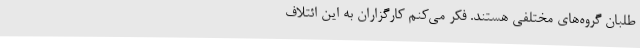
‌طلبان گروه‌های مختلفی هستند. فکر می‌کنم کارگزاران به این ائتلاف